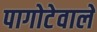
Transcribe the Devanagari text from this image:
पागोटेवाले